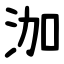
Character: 泇